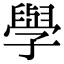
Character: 𫝯